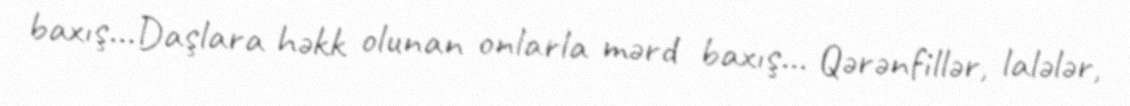
baxış…Daşlara həkk olunan onlarla mərd baxış... Qərənfillər, lalələr,